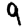
Digit: 9